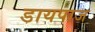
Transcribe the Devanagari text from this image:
डायपाज